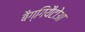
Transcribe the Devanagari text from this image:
बैग्गियैटोआ